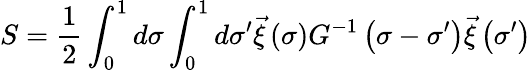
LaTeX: S=\frac{1}{2}\int_{0}^{1}d\sigma\int_{0}^{1}d\sigma^{\prime}\vec{\xi}\left(\sigma\right)G^{-1}\left(\sigma-\sigma^{\prime}\right)\vec{\xi}\left(\sigma^{\prime}\right)